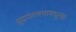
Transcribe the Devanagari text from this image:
मुद्रणालयामधूनच